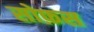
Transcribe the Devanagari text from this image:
सोफ़स